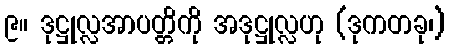
၉။ ဒုဋ္ဌုလ္လအာပတ္တိကို အဒုဋ္ဌုလ္လဟု (ဒုကတခု၊)